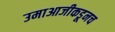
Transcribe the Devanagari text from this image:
उमाआजीकडूनच